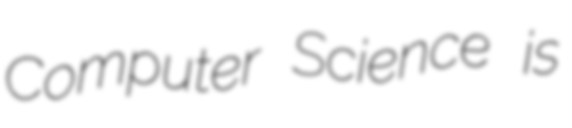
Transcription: Computer Science is